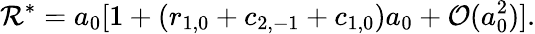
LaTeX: {\cal R}^{*}=a_{0}[1+(r_{1,0}+c_{2,-1}+c_{1,0})a_{0}+{\cal O}(a_{0}^{2})].